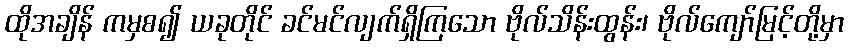
ထိုအချိန် ကမှစ၍ ယခုတိုင် ခင်မင်လျက်ရှိကြသော ဗိုလ်သိန်းထွန်း၊ ဗိုလ်ကျော်မြင့်တို့မှာ